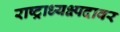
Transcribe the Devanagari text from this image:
राष्ट्राध्यक्ष्पदावर